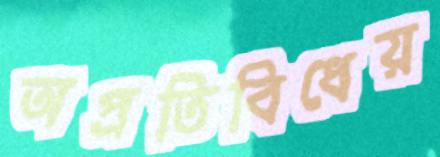
অপ্রতিবিধেয়